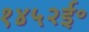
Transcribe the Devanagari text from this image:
१४५२ई॰